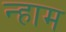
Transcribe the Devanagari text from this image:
न्हाम